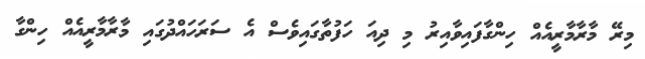
މިރޭ މާރާމާރީއެއް ހިންގާފައިވާއިރު މި ދިއަ ހަފުތާގައިވެސް އެ ސަރަހައްދުގައި މާރާމާރީއެއް ހިންގާ